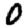
Digit: 0